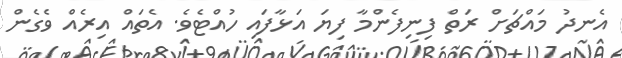
އެނދު މައްޗަށް ރަތް ފިނިފެންމާ ފިޔަ އަޅާފައި ހުއްޓެވެ. އެތައް އިރެއް ވެގެން